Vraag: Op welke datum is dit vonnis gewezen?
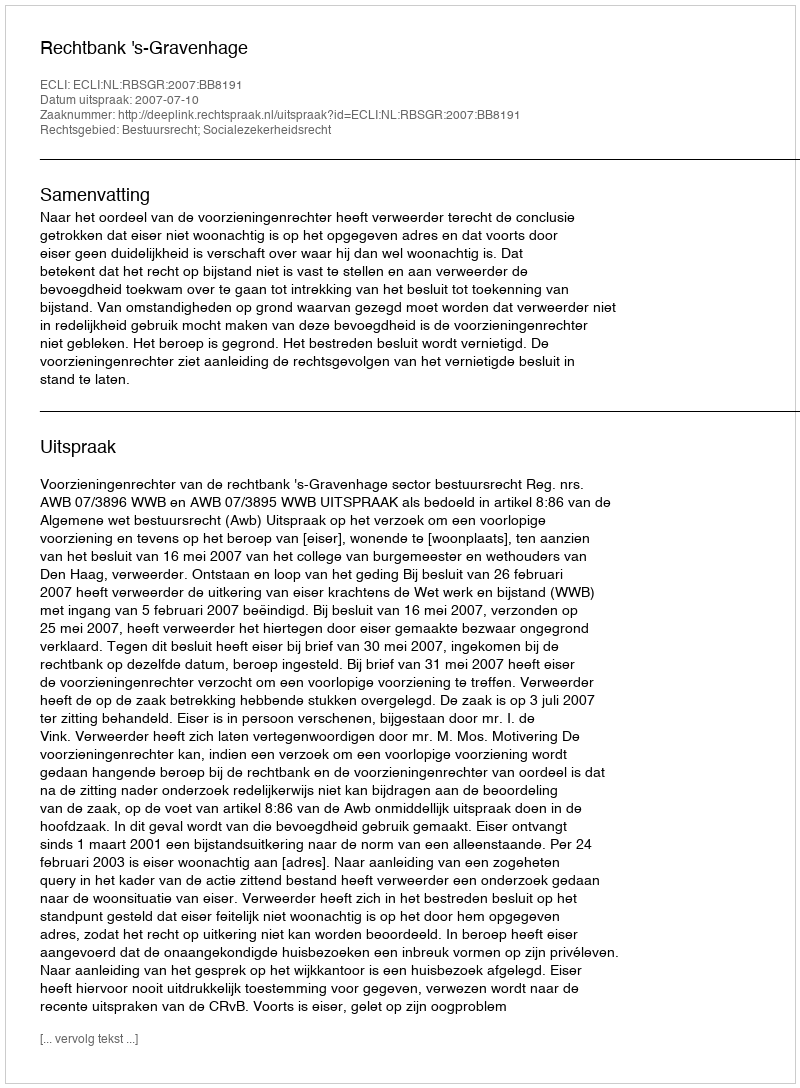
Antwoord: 2007-07-10